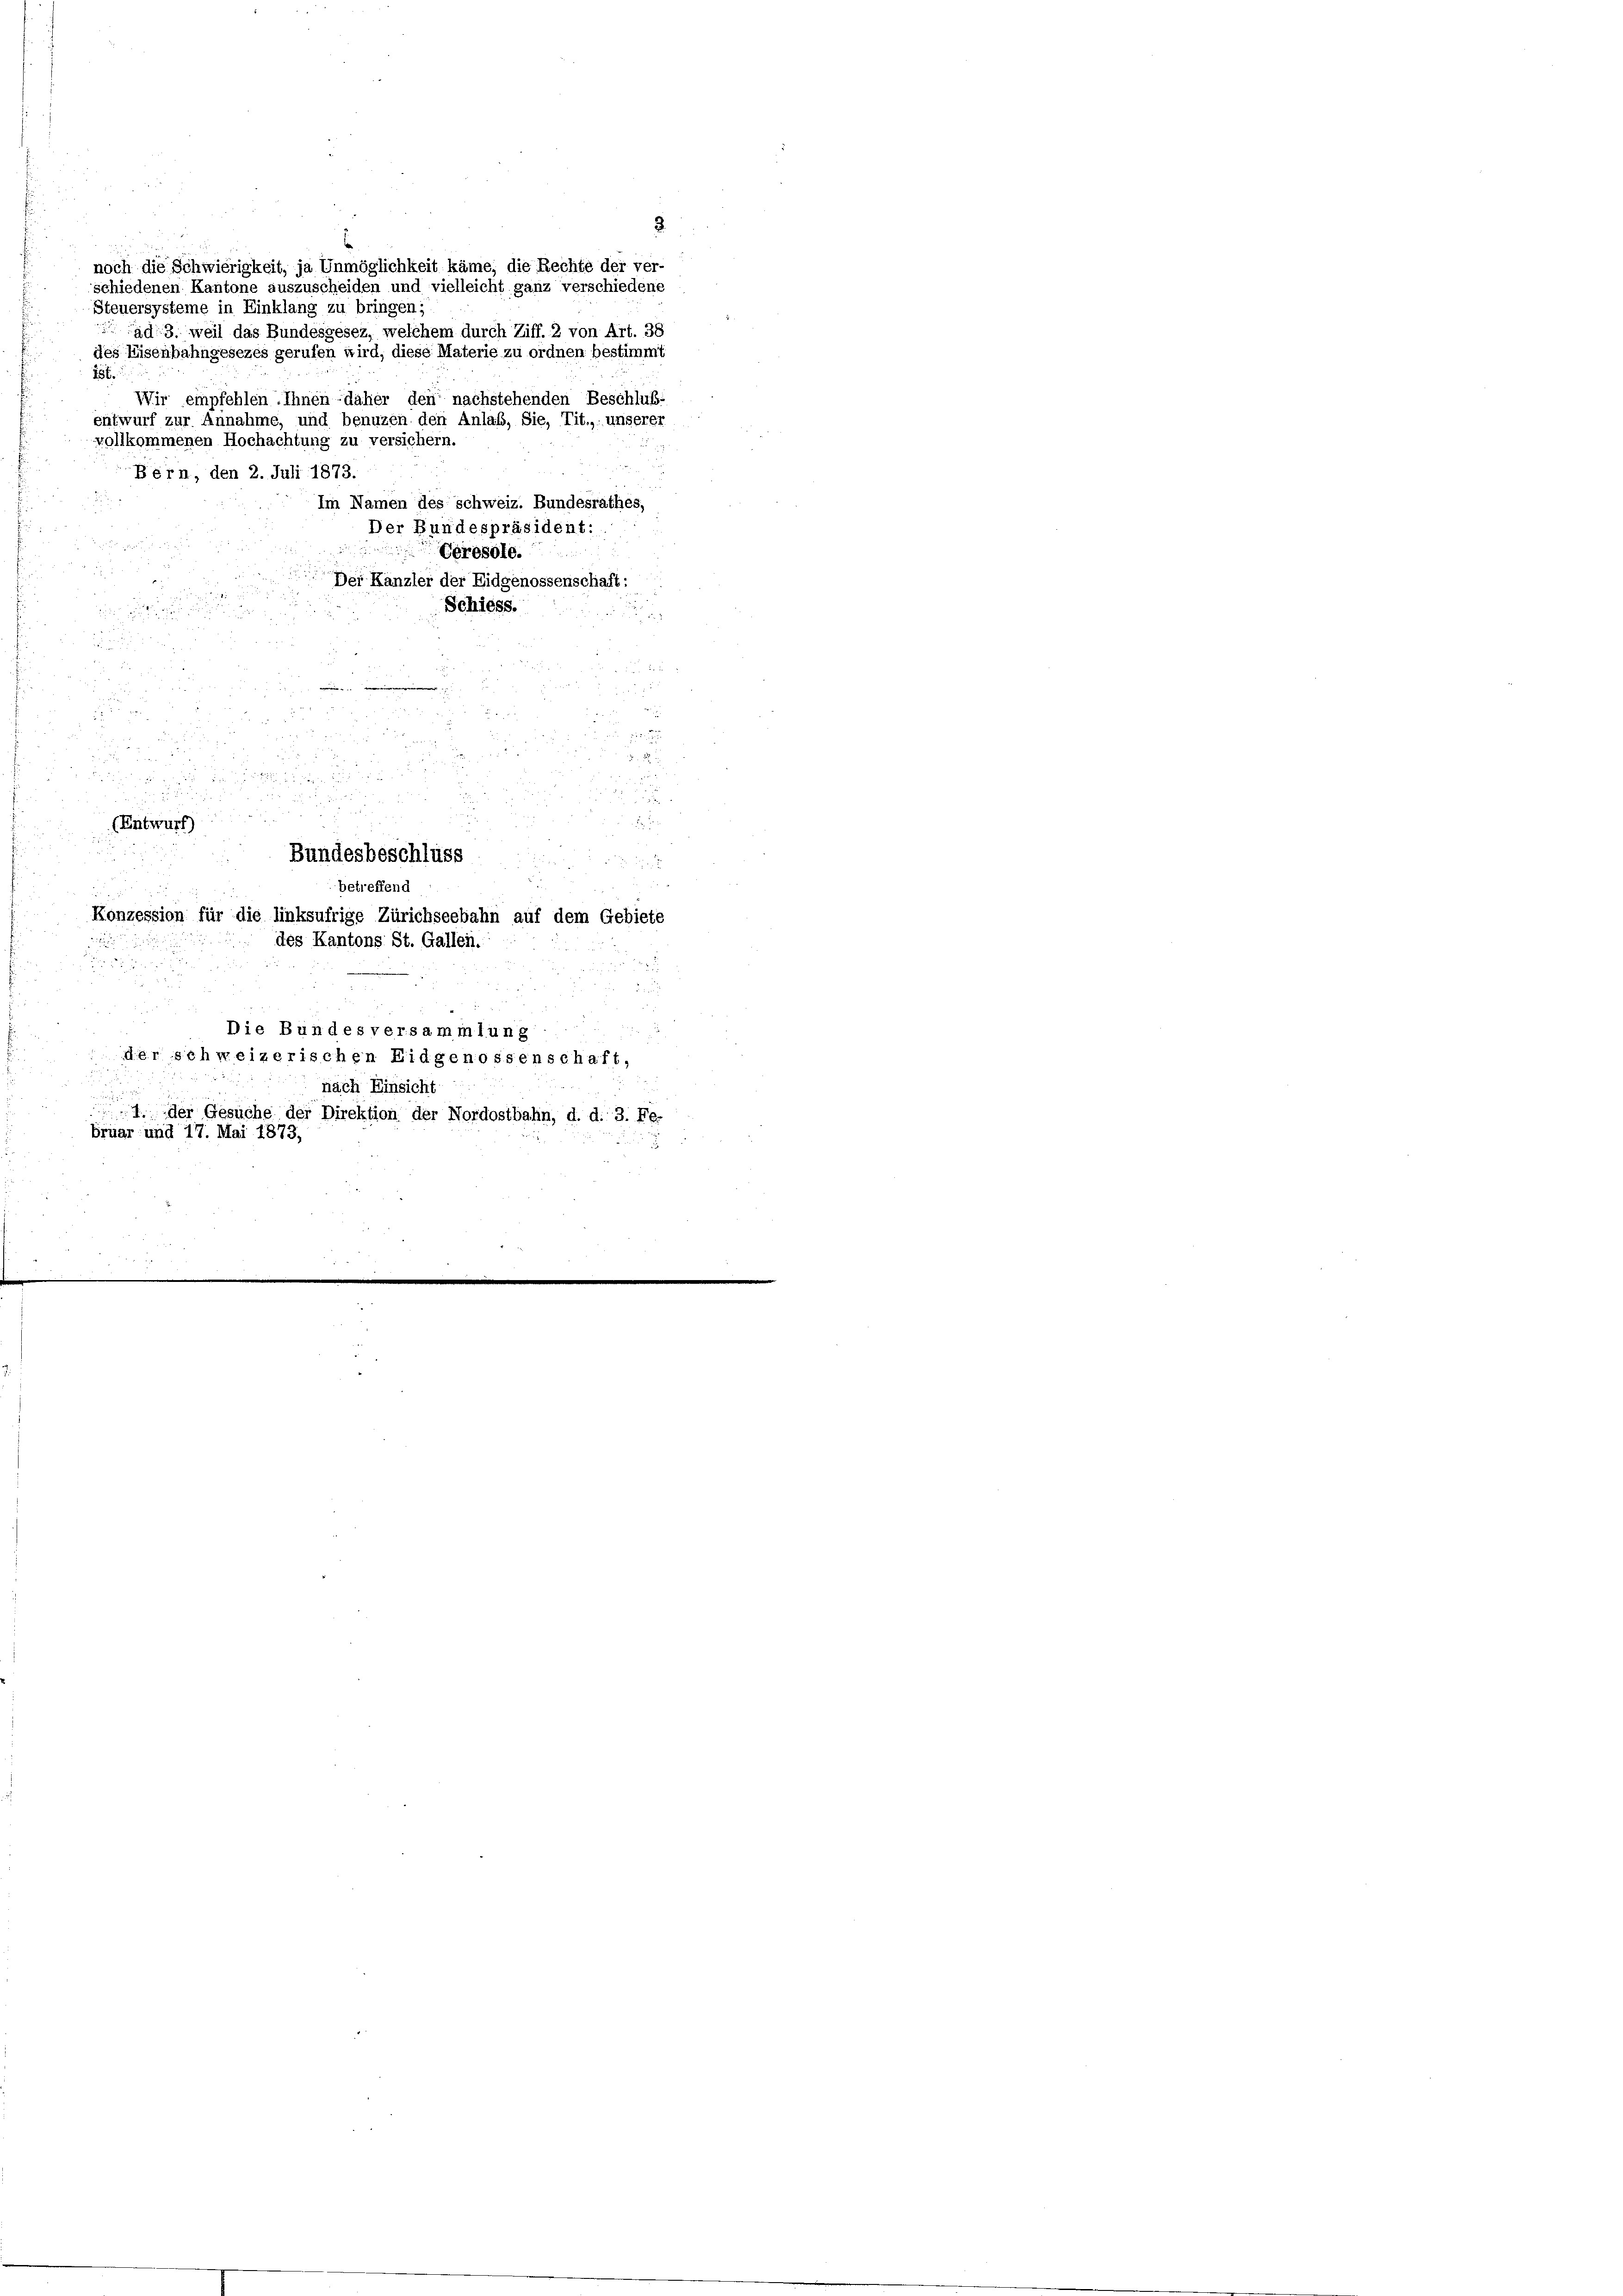
Steuersysteme in Einklang zu bringen;
15t.

schiedenen Kantone auszuscheiden und vielleicht ganz verschiedene
ad 3. weil das Bundesgesez, welchem durch Ziff. 2 von Art. 38
entwurf zur Annahme, und benuzen den Anlaß, Sie, Tit.,: unserer
vollkommenen Hochachtung zu versichern.
Bern, den 2. Juli 1873.
Gérosole.
Der Kanzler der Eidgenossenschaft:

Schiess.

8

2 f 0 x

(Entwurf

noch die Schwierigkeit, ja Unmöglichkeit käme, die Rechte der ver-

des Eisenbahngesezes gerufen wird, diese Materie zu ordnen bestimmt

2
Wir empfehlen Ihnen - daher den nachstehenden Beschluß-
Im Namen des schweiz. Bundesrathes,
Der Bundespräsident:

Bundesbeschlüss
betreffend
Konzession für die linksufrige Zürichseebahn auf dem Gebiete
des Kantons St. Gallen.
Die Bundes versammlung
der schweizerischen Eidgenossenschaft,
nach Einsicht
1. der Gesuche der Direktion der Nordostbahn, d. d. 3. Fe-
bruar und 17. Mai 1873,